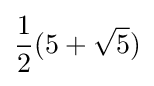
{\frac {1}{2}}(5+{\sqrt {5}})